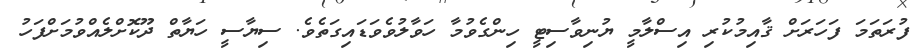
ފުރަތަމަ ފަހަރަށް ޤާއިމުކުރި އިސްލާމީ ޔުނިވާސިޓީ ހިންގެވުމާ ހަވާލުވެވަޑައިގަތެވެ. ސިޔާސީ ހަޔާތް ދޫކޮށްލެއްވުމަށްފަހު